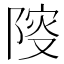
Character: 𨺦